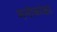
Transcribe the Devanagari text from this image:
मनोकांक्षा